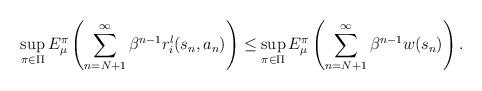
LaTeX: \begin{align*}\sup_{\pi\in\Pi}E_{\mu}^\pi\left(\sum_{n=N+1}^\infty \beta^{n-1} r_i^{l}(s_n,a_n)\right)\le\sup_{\pi\in\Pi}E_{\mu}^\pi\left(\sum_{n=N+1}^\infty \beta^{n-1} w(s_n)\right).\end{align*}